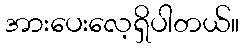
အားပေးလေ့ရှိပါတယ်။